system: You are a helpful assistant.
user:
Analyze the provided spectrum to determine if it is a **Carbon Star (C-type)**.

- **Key Visual Indicators of Carbon Star:**
    - **(Primary):** Strong molecular absorption from **C₂ (diatomic carbon) "Swan Bands."** This is the **defining feature** of a carbon star.
        - **(Key Bandheads):** Sharp absorption edges are visible at approximately $5635$ Å, $5165$ Å (the strongest band), and $4737$ Å.
        - **(Line Profile):** Creates a distinct **"saw-tooth"** pattern. The key morphology is a sharp, steep bandhead on the **red (long-wavelength) side**, which then gradually tapers off (i.e., flux recovers) towards the **blue (short-wavelength) side**. *(This is the direct opposite of the TiO bands seen in M-type stars)*.

    - **(Secondary):** Intense **CN (cyanogen)** molecular absorption bands.
        - **(Key Bandheads):** Located in the blue and violet regions of the spectrum (e.g., near $4215$ Å and $3883$ Å).
        - **(Morphology):** These bands are extremely broad and act as a "blanket," absorbing the vast majority of blue and violet light. This creates a characteristic **"cliff"** or **"steep drop-off"** in the spectrum's flux at short wavelengths.

    - **(Key Confirmation):** Strong **CH absorption band (G-band)**.
        - **(Key Bandhead):** Located around $4300$ Å. The contribution from CH molecules to this band is exceptionally strong.

    - **(Overall Spectrum):**
        - The continuum is severely "chopped up" by these deep molecular bands, especially C₂, rather than appearing as a smooth curve.
        - Due to the heavy CN and C₂ absorption in the blue-green, the vast majority of the star's flux is concentrated in the red part of the spectrum, giving the star its characteristic deep red color.

Think first, call **spectral_visualization_tool** if needed to examine features in detail, then provide your final answer. Your response must adhere to the following strict rules:
1.  **Overall Structure:** Your response must follow the format `<think>...</think> <tool_call>...</tool_call> (if a tool is used) <answer>...</answer>`.
2.  **Tool Usage Constraint:** You may only make **one** tool call per turn.
3.  **Final Answer Format:** In the `<answer>` tag, your conclusion must be inside a `\boxed{}` command (e.g., `\boxed{YES}`), followed by your justification.

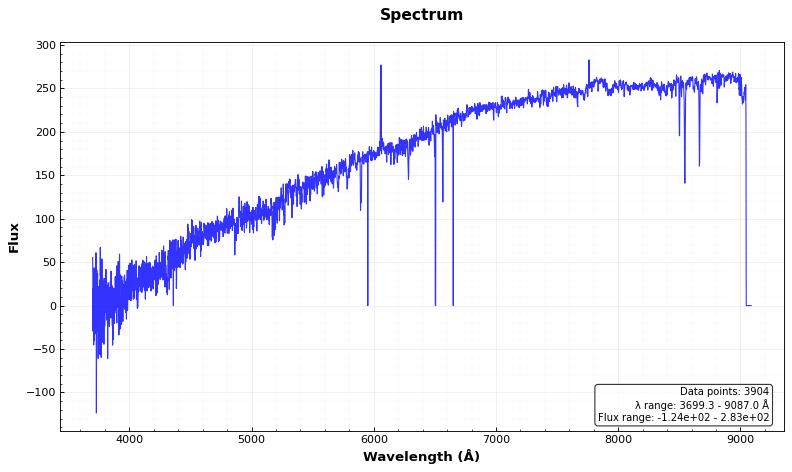
Answer: NO